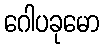
ဂေါပခုမော